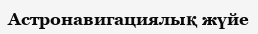
Астронавигациялық жүйе